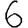
Digit: 6